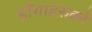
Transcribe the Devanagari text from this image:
हाँगाहरुको